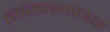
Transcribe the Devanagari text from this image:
चिकित्सापरक